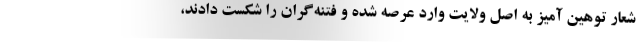
شعار توهین آمیز به اصل ولایت وارد عرصه شده و فتنه‌گران را شکست دادند،